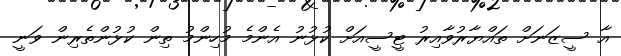
އާ ސީޒަނަށް ތައްޔާރުވާއިރު ޓީސީއަށް ކުޅުނު އެންމެ މުހިންމު ތިން ކުޅުންތެރިން ވަނީ